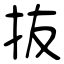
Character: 抜